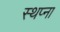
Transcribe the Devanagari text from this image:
स्थप्ना